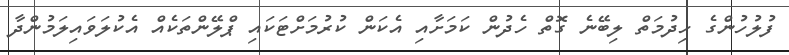
ފުލުހުންގެ ހިދުމަތް ލިބޭނެ ގޮތް ހެދުން ކަމަށާއި އެކަން ކުރުމަށްޓަކައި ޕްލޭންތަކެއް އެކުލަވައިލަމުންދާ